Insane asylums in Bengal annual reports 1867-1875 - 1867-1875
Year: 1867
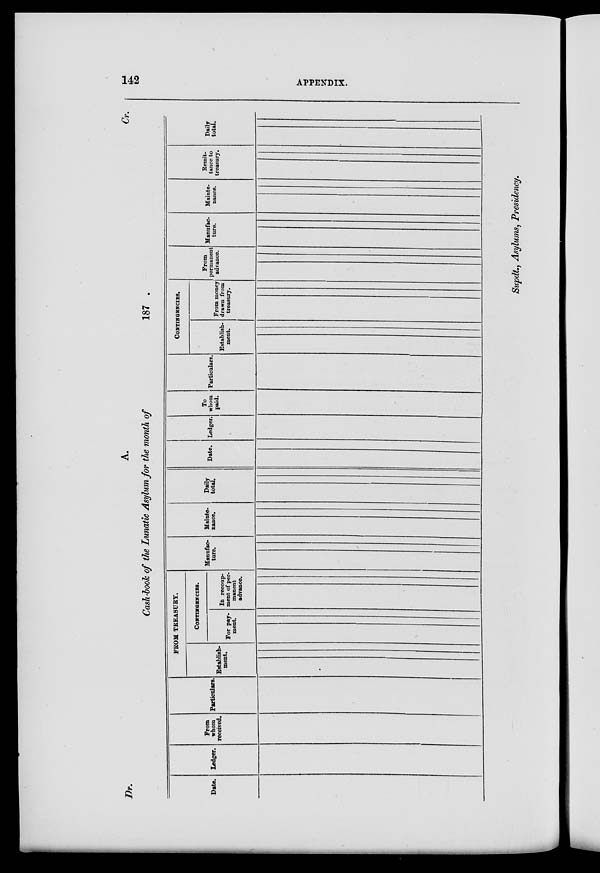
142
APPENDIX.
Dr.
A.
Cr.
Cash-book of the Lunatic Asylum for the month of
187 .
Date. Ledger.
From
whom
received.
Particulars.
FROM TREASURY.
Establish-
ment.
CONTINGENCIES.
For pay-
ment.
In recoup-
ment of per-
manent
advance.
Manufac-
ture.
Mainte-
nance.
Daily
total.
Date. Ledger.
To
whom
paid.
Particulars.
CONTINGENCIES.
Establish-
ment.
From money
drawn from
treasury.
From
permanent
advance.
Manufac-
ture.
Mainte-
nance.
Remit-
tance to
treasury.
Daily
total.
Supdt., Asylums, Presidency.